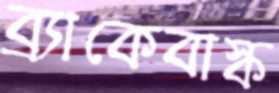
ব্র্যাকেবাস্ক